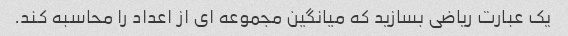
یک عبارت ریاضی بسازید که میانگین مجموعه ای از اعداد را محاسبه کند.